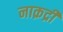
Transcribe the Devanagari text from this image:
नाक़द्री